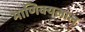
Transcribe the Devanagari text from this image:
माणिक्यलाल